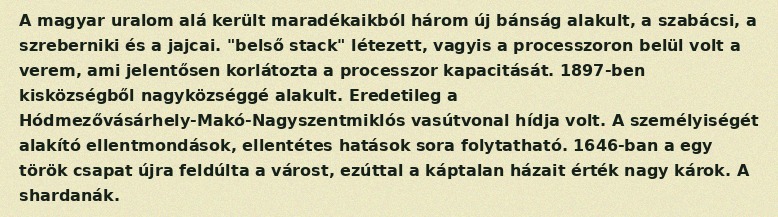
A magyar uralom alá került maradékaikból három új bánság alakult, a szabácsi, a szreberniki és a jajcai. "belső stack" létezett, vagyis a processzoron belül volt a verem, ami jelentősen korlátozta a processzor kapacitását. 1897-ben kisközségből nagyközséggé alakult. Eredetileg a Hódmezővásárhely-Makó-Nagyszentmiklós vasútvonal hídja volt. A személyiségét alakító ellentmondások, ellentétes hatások sora folytatható. 1646-ban a egy török csapat újra feldúlta a várost, ezúttal a káptalan házait érték nagy károk. A shardanák.